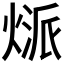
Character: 𤋻